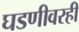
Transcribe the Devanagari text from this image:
घडणीवरही